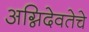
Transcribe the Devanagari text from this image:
अग्निदेवतेचे